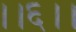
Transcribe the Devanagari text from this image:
।।६।।